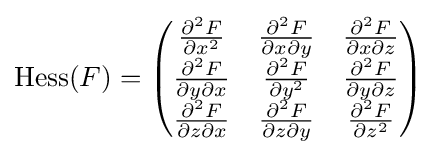
\textstyle {\mbox{Hess}}(F)={\begin{pmatrix}{\frac {\partial ^{2}F}{\partial x^{2}}}&{\frac {\partial ^{2}F}{\partial x\partial y}}&{\frac {\partial ^{2}F}{\partial x\partial z}}\\{\frac {\partial ^{2}F}{\partial y\partial x}}&{\frac {\partial ^{2}F}{\partial y^{2}}}&{\frac {\partial ^{2}F}{\partial y\partial z}}\\{\frac {\partial ^{2}F}{\partial z\partial x}}&{\frac {\partial ^{2}F}{\partial z\partial y}}&{\frac {\partial ^{2}F}{\partial z^{2}}}\end{pmatrix}}